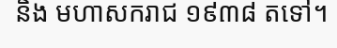
និង មហាសករាជ ១៩៣៨ តទៅ។